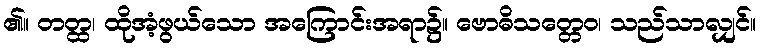
၏။ တတ္ထ၊ ထိုအံ့ဖွယ်သော အကြောင်းအရာ၌။ ဗောဓိသတ္တေဝ၊ သည်သာလျှင်။